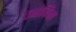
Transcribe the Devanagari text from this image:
एनाबिना